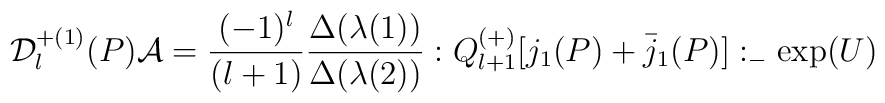
{\cal D}_{l}^{+(1)}(P){\cal A}=\frac{(-1)^l}{(l+1)}\frac{\Delta(\lambda(1))}{\Delta(\lambda(2))}:Q_{l+1}^{(+)}[j_{1}(P)+\bar{j}_{1}(P)]:_-\exp(U)